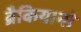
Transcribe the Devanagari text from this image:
ब्रैकियानो